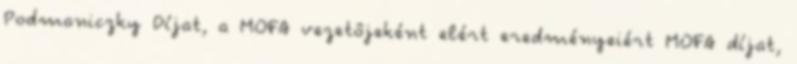
Podmaniczky Díjat, a MOFA vezetôjeként elért eredményeiért MOFA díjat,